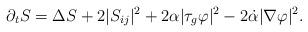
LaTeX: \begin{align*} \partial_t S = \Delta S + 2|S_{ij}|^2 + 2 \alpha |\tau_g \varphi|^2 - 2 \dot{\alpha} |\nabla \varphi|^2. \end{align*}